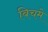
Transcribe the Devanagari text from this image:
बिचमे